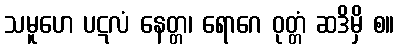
သမူဟေ ပဋလံ နေတ္တ၊ ရောဂေ ဝုတ္တံ ဆဒိမှိ စ။